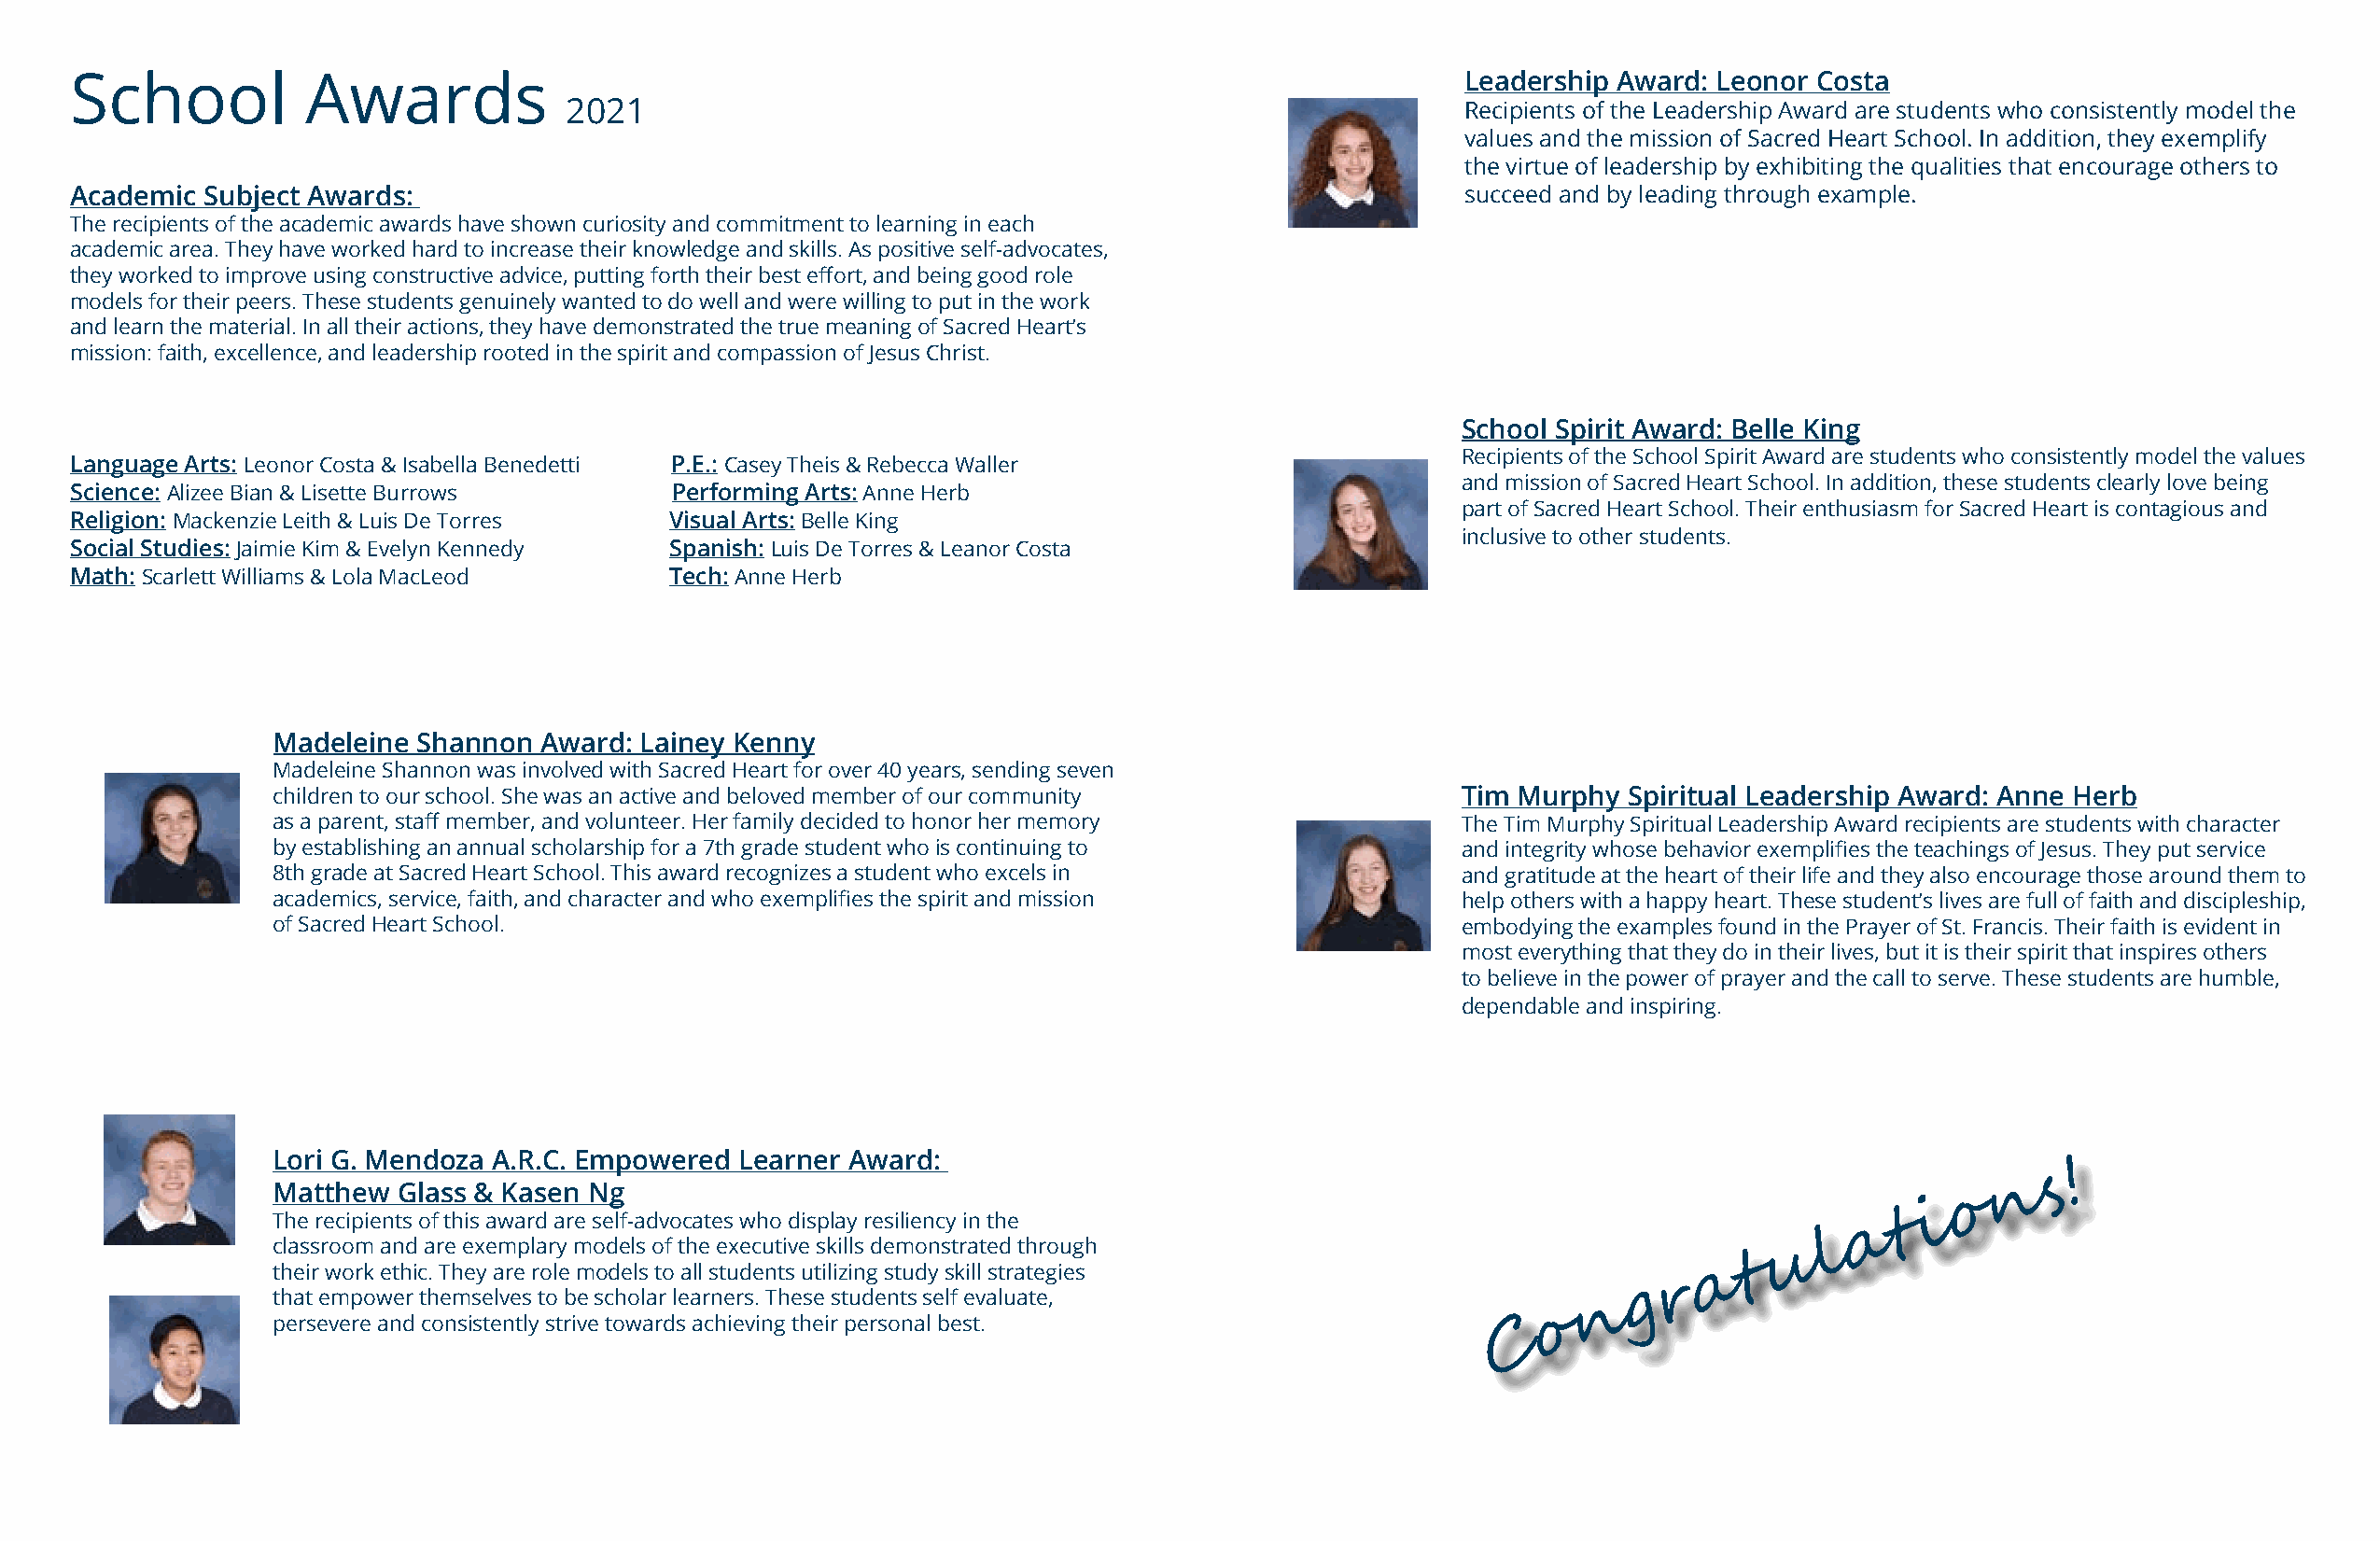
School           Awards                                                                            Leadership Award: Leonor Costa
 2021                                                            Recipients of the Leadership Award are students who consistently model the
 values and the mission of Sacred Heart School. In addition, they exemplify
 the virtue of leadership by exhibiting the qualities that encourage others to
 Academic Subject Awards:                                                                           succeed and by leading through example.
 The recipients of the academic awards have shown curiosity and commitment to learning in each
 academic area. They have worked hard to increase their knowledge and skills. As positive self-advocates,
 they worked to improve using constructive advice, putting forth their best effort, and being good role
 models for their peers. These students genuinely wanted to do well and were willing to put in the work
 and learn the material. In all their actions, they have demonstrated the true meaning of Sacred Heart’s
 mission: faith, excellence, and leadership rooted in the spirit and compassion of Jesus Christ.
 School Spirit Award: Belle King
 Recipients of the School Spirit Award are students who consistently model the values
 Language Arts: Leonor Costa & Isabella Benedetti P.E.: Casey Theis & Rebecca Waller
 and mission of Sacred Heart School. In addition, these students clearly love being
 Science: Alizee Bian & Lisette Burrows     Performing Arts: Anne Herb
 part of Sacred Heart School. Their enthusiasm for Sacred Heart is contagious and
 Religion: Mackenzie Leith & Luis De Torres Visual Arts: Belle King
 inclusive to other students.
 Social Studies: Jaimie Kim & Evelyn Kennedy Spanish: Luis De Torres & Leanor Costa
 Math: Scarlett Williams & Lola MacLeod    Tech: Anne Herb
 Madeleine  Shannon Award: Lainey Kenny
 Madeleine Shannon was involved with Sacred Heart for over 40 years, sending seven
 children to our school. She was an active and beloved member of our community        Tim Murphy Spiritual Leadership Award: Anne Herb
 as a parent, staff member, and volunteer. Her family decided to honor her memory     The Tim Murphy Spiritual Leadership Award recipients are students with character
 by establishing an annual scholarship for a 7th grade student who is continuing to   and integrity whose behavior exemplifies the teachings of Jesus. They put service
 8th grade at Sacred Heart School. This award recognizes a student who excels in      and gratitude at the heart of their life and they also encourage those around them to
 academics, service, faith, and character and who exemplifies the spirit and mission  help others with a happy heart. These student’s lives are full of faith and discipleship,
 of Sacred Heart School.                                                              embodying the examples found in the Prayer of St. Francis. Their faith is evident in
 most everything that they do in their lives, but it is their spirit that inspires others
 to believe in the power of prayer and the call to serve. These students are humble,
 dependable and inspiring.
 Lori G. Mendoza A.R.C. Empowered Learner Award:
 !
 s
 Matthew  Glass & Kasen Ng                                                                                                  n
 o
 The recipients of this award are self-advocates who display resiliency in the                                       t i
 a
 classroom and are exemplary models of the executive skills demonstrated through                                l
 u
 their work ethic. They are role models to all students utilizing study skill strategies               a  t
 r
 that empower themselves to be scholar learners. These students self evaluate,                    g
 n
 persevere and consistently strive towards achieving their personal best.                   o
 C